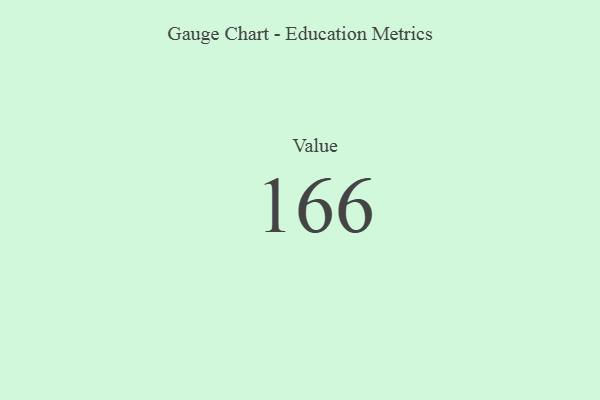
{"axis": {"x": "Metric", "y": "Value"}, "legend": [""], "data": [{"x": "Value", "y": 166, "type": ""}]}